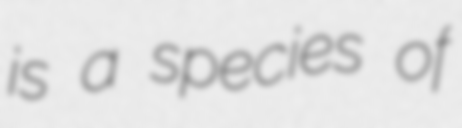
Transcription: is a species of